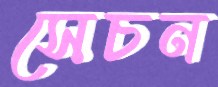
সেচন